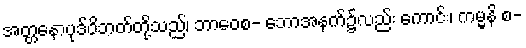
အတ္တနောပုဒ်ဝိဘတ်တို့သည်၊ ဘာဝေစ- ဘောအနက်၌လည်း ကောင်း၊ ကမ္မနိ စ-